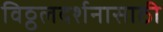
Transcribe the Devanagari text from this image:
विठ्ठलदर्शनासाठी